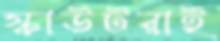
স্কাউটরাই